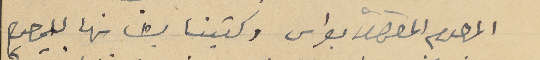
المرحوم المطران بطرس وكتبنا بشانها للمرحوم